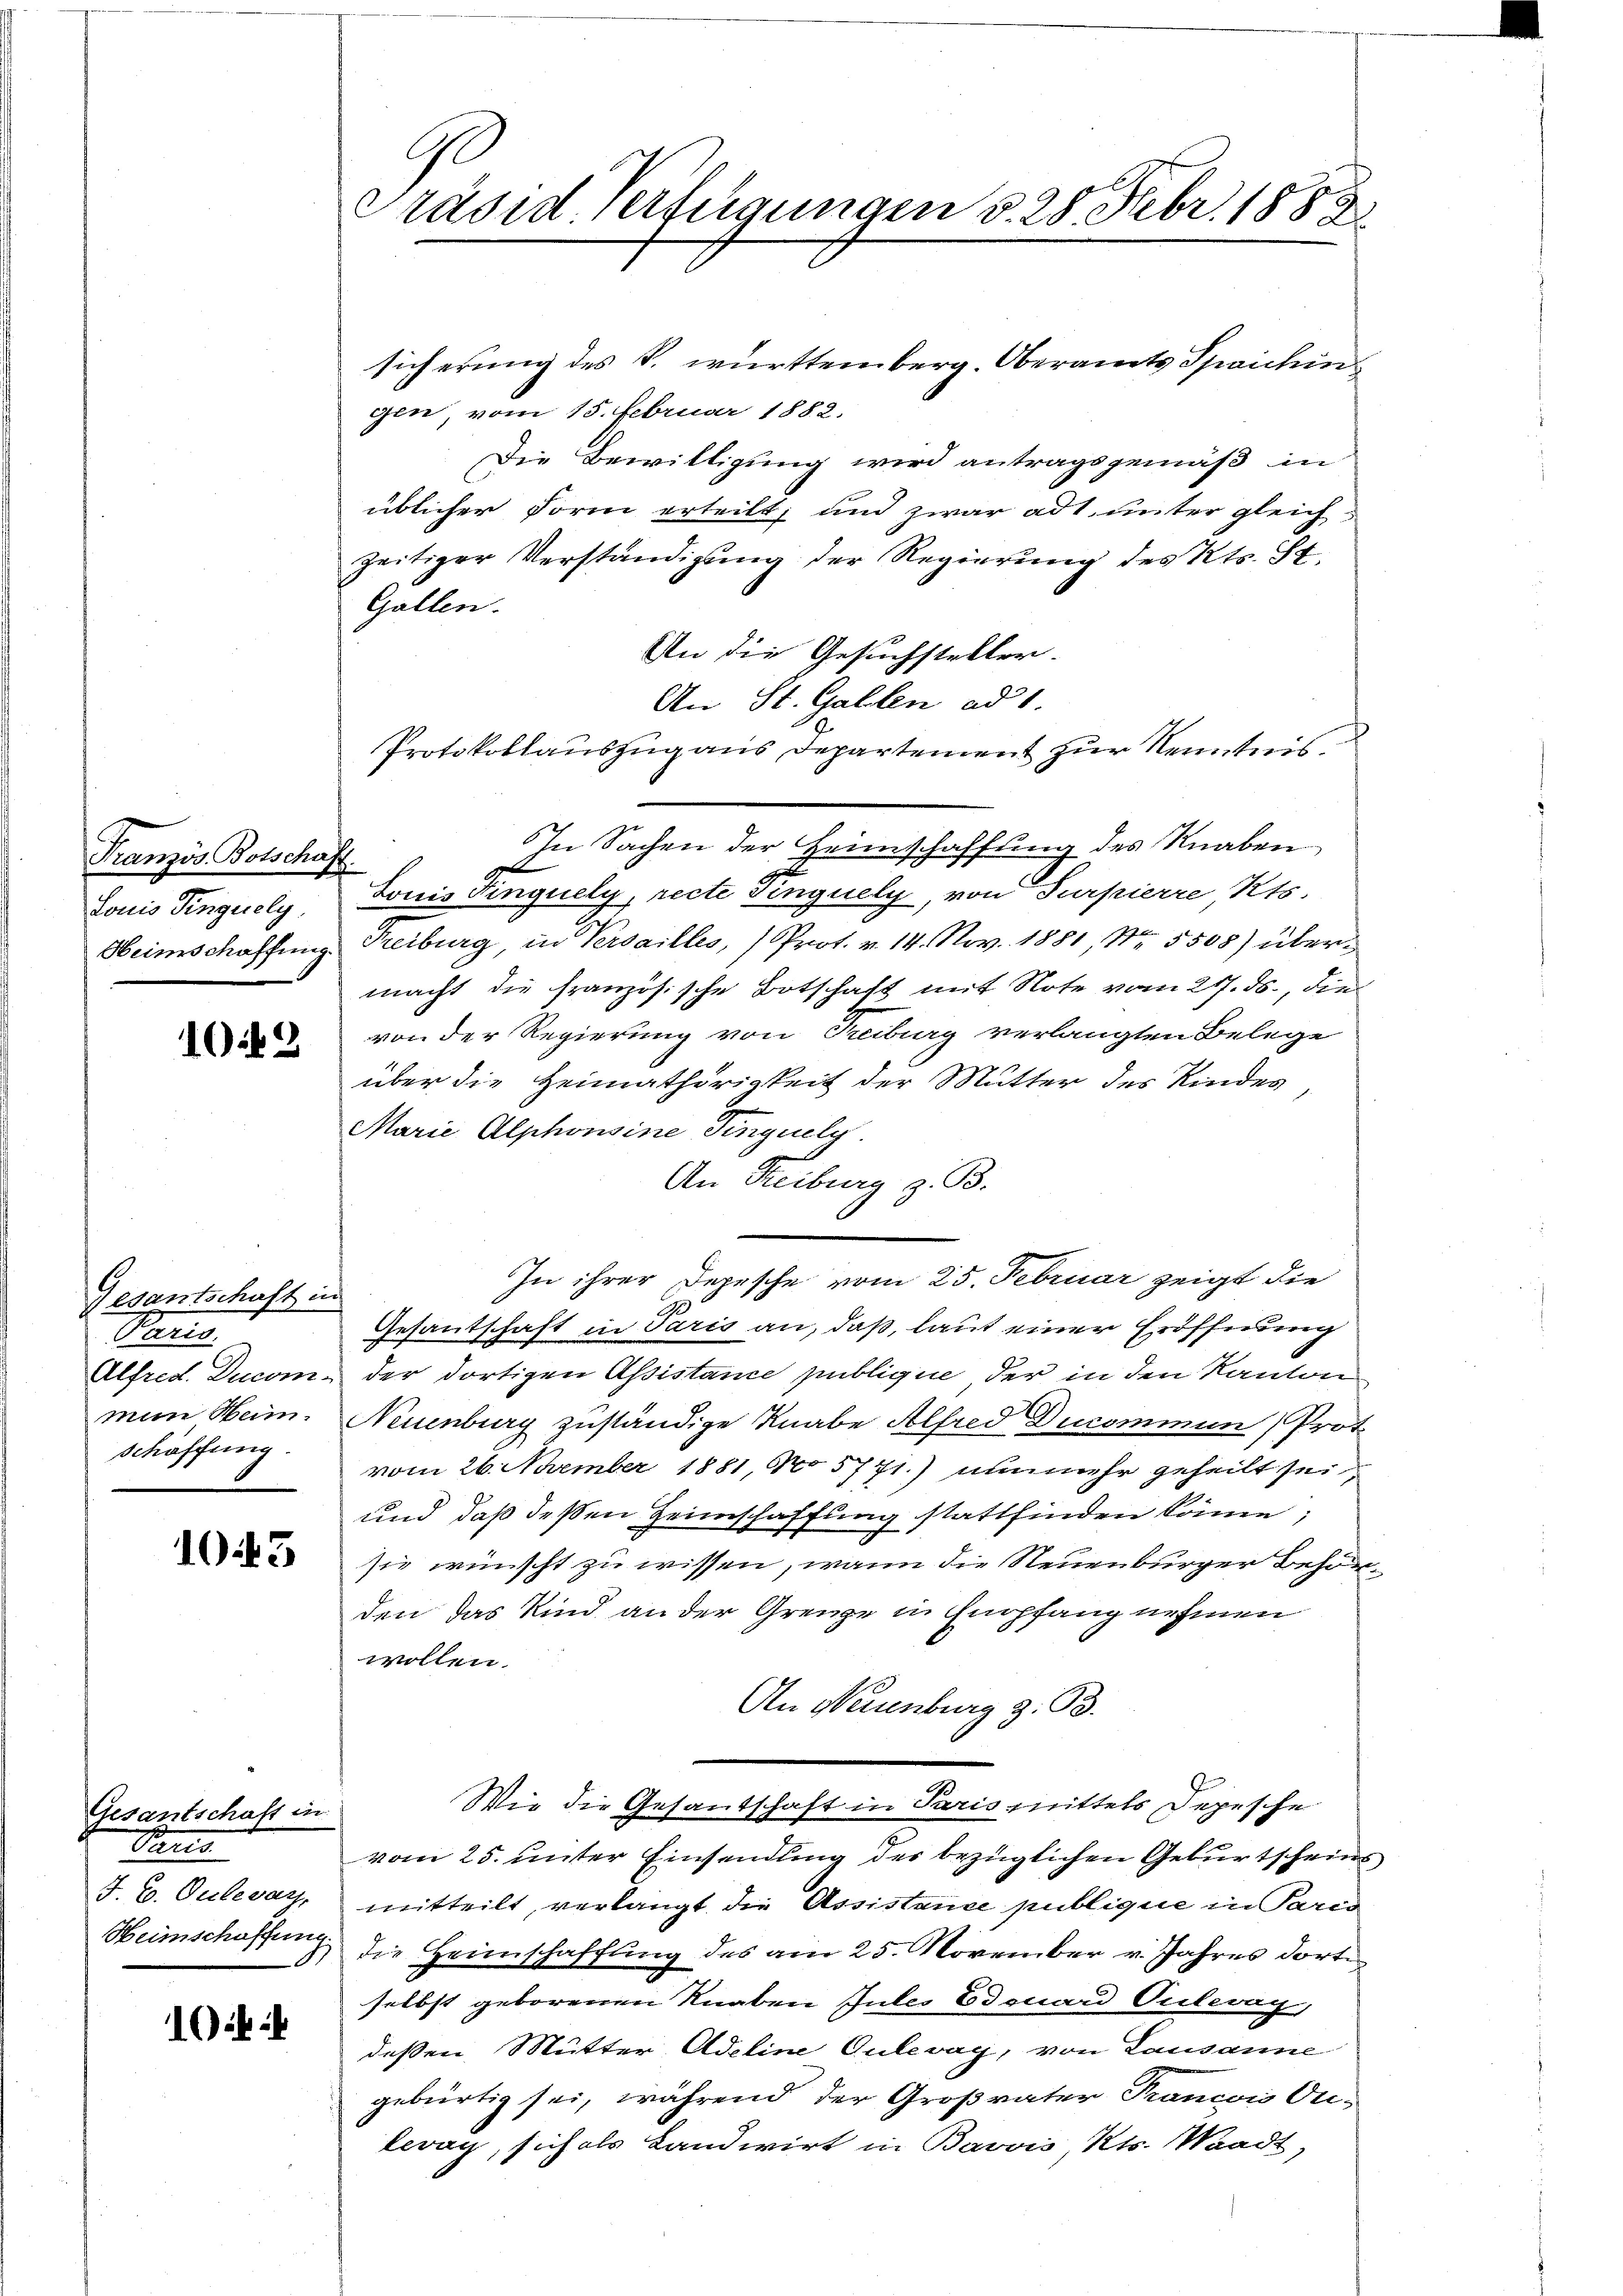
Französ. Botschaft.
Louis Fingisely

1049

Gesantschaft in
Paris
min Heim.
schöffung.

1043

Gesantschaft in
Pans
J. B. Oulevarz,

1

Ge
Präsid. Verfügungen d. 28. Febr. 1883

sicherung des S. württemberg. Oberamts Spaichin
gen, vom 15. Februar 1882.
Die Bewilligung wird antragsgemäß in
üblicher Form erteilt, und zwar ad 1. unter gleich
zeitiger Verständigung der Regierung des Kts. St.
Gallen.
An die Gesuchsteller-
An St. Gallen ad 1.
Protokollauszug aus Departement zur Kenntnis.
In Sachen der Heimschaffung des Knaben
Sonis dinguely, recte Singuely, von Surpierre Kts.
Heimschaffung Treiburg, in Versailles, Prot. v. 14. Nov. 1881, Nr. 5508) übermacht die französische Botschaft mit Note vom 217. ds., die
von der Regierung von Treiburg verlangten Belege
über die Heimathörigkeit der Mutter des Kindes
Marie Alphonsine Tinguely.
An Reiburg z. B.
In ihrer Depesche vom 25. Februar zeigt die
Gesantschaft in Paris an, daß, laut einer Eröffnung
Alfred. Ducom, der dortigen Assistance publique der in den Kanton
Neuenburg zuständige Knabe Alfred Ducommun Prot
vom 26. November 1881, No 5771.) nunmehr geheilt sei,
und daß deßen Heimschaffung stattfinden könne;
sie wünscht zu wissen, wann die Neuenburger Behör
den das Kind an der Grenze in Empfang nehmen
wollen.
An Neuenburg z. B.
Wie die Gesantschaft in Paris mittels Depesche
vom 25. unter Einsendung der bezüglichen Geburtscheins
mitteilt, verlangt die Assistance publique in Paren
Heimschaffung, die Heimschaffung des am 25. November v. Jahres dorti
selbst geborenen Knaben Gutes Edouard Oulevag,
deßen Mutter Adeline Oulevay, von Lausanne
gebürtig sei, während der Großvater Francois On-
leray, sich als Landwirt in Bavvis Kts. Waadt,